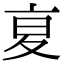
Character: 㚆